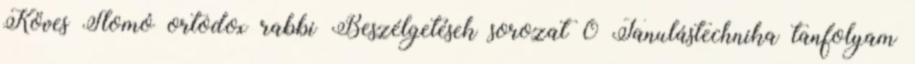
Köves Slomó ortodox rabbi Beszélgetések sorozat 0 Tanulástechnika tanfolyam